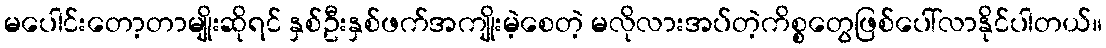
မပေါင်းတော့တာမျိုးဆိုရင် နှစ်ဦးနှစ်ဖက်အကျိုးမဲ့စေတဲ့ မလိုလားအပ်တဲ့ကိစ္စတွေဖြစ်ပေါ်လာနိုင်ပါတယ်။